Civil Veterinary Dept. Bombay admin report 1914-1922 - 1914-1922
Year: 1914
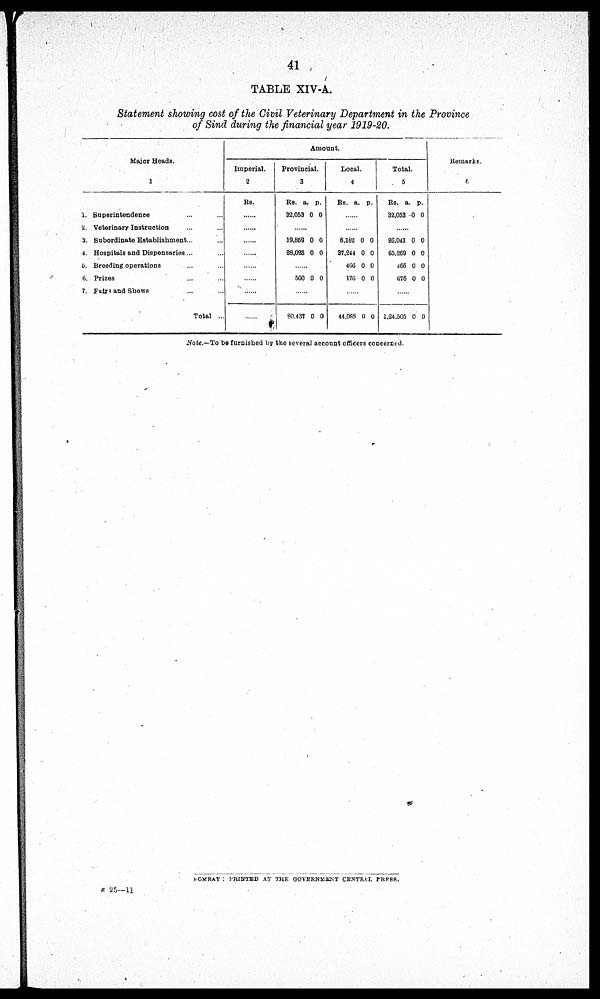
41
TABLE XIV-A.
Statement showing cost of the Civil Veterinary Department in the Province
of Sind during the financial year 1919-20.
Major Heads.
1
1. Superintendence ... ...
2. Veterinary Instruction ... ...
3. Subordinate Establishment... ...
4. Hospitals and Dispensaries ...
5. Breeding operations ... ...
6. Prizes ... ...
7. Fairs and Shows ... ...
Total ...
Amount.
Imperial.
2
Rs.
......
......
......
......
......
......
......
......
Provincial.
3
Rs.
32,053
a.
0
p.
0
......
19,859
28,025
0
0
0
0
......
500 0 0
......
80,437 0 0
Local.
4
Rs. a. p .
......
......
6,162
37,244
466
176
0
0
0
0
0
0
0
0
......
44,068 0 0
Total.
5
Rs.
32,053
a.
0
p.
0
26,041
65,269
466
676
0
0
0
0
0
0
0
0
......
1,24,505 0 0
Remarks.
6
Note.—To be furnished by the several account officers concerned.
BOMBAY: PRINTED AT THE GOVERNMENT CENTRAL PRESS.
N 25—11